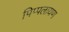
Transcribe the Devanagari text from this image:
पिप्पलायण